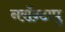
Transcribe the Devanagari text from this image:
नरॉन्टापू